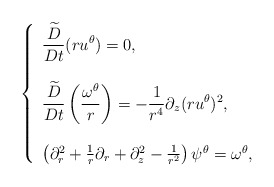
\begin{align*} \left\{\begin{array}{l}\displaystyle \frac{\widetilde{D}}{Dt} (r u^\theta) =0, \\ \\\displaystyle \frac{\widetilde{D}}{Dt} \left(\frac{\omega^\theta}{r} \right) =-\frac1{r^4} \partial_z(ru^\theta)^2,\\ \\\left(\partial^2_r + \frac1r \partial_r + \partial_z^2 -\frac1 {r^2}\right) \psi^\theta = \omega^\theta,\end{array}\right.\end{align*}